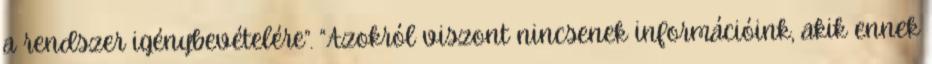
a rendszer igénybevételére”. “Azokról viszont nincsenek információink, akik ennek